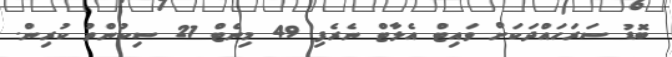
ބޮޑު ސަރަހައްދަކަށް ވައިޓް އެލާޓް ނެރެފި 49 މިނެޓް 21 ސިކުންތު ކުރިން.